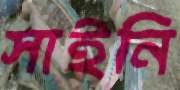
সাইনি